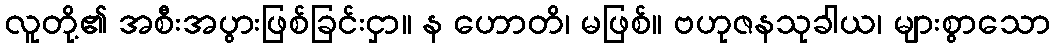
လူတို့၏ အစီးအပွားဖြစ်ခြင်းငှာ။ န ဟောတိ၊ မဖြစ်။ ဗဟုဇနသုခါယ၊ များစွာသော